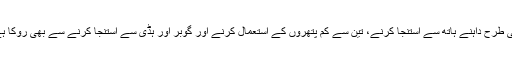
اسی طرح داہنے ہاتھ سے استنجا کرنے، تین سے کم پتھروں کے استعمال کرنے اور گوبر اور ہڈی سے استنجا کرنے سے بھی روکا ہے۔